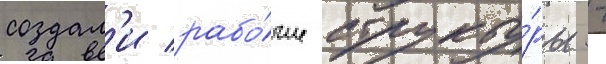
создал'и рабо́чие структу́ры -